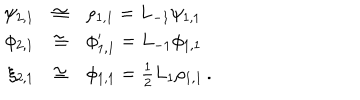
\begin{array} { r c l } { { \psi _ { 2 , 1 } } } & { { \cong } } & { { \rho _ { 1 , 1 } = L _ { - 1 } \psi _ { 1 , 1 } } } \\ { { \phi _ { 2 , 1 } } } & { { \cong } } & { { \phi _ { 1 , 1 } ^ { \prime } = L _ { - 1 } \phi _ { 1 , 1 } } } \\ { { \xi _ { 2 , 1 } } } & { { \cong } } & { { \phi _ { 1 , 1 } = \frac { 1 } { 2 } L _ { 1 } \rho _ { 1 , 1 } \, . } } \\ \end{array}